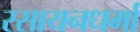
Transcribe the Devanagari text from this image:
रसायनधर्मा